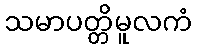
သမာပတ္တိမူလကံ